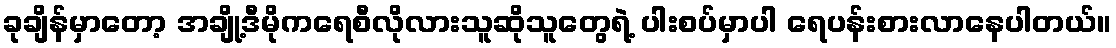
ခုချိန်မှာတော့ အချို့ဒီမိုကရေစီလိုလားသူဆိုသူတွေရဲ့ ပါးစပ်မှာပါ ရေပန်းစားလာနေပါတယ်။